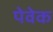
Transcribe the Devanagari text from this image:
पेवेक